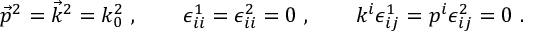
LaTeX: \vec { p } ^ { 2 } = \vec { k } ^ { 2 } = k _ { 0 } ^ { 2 } \ , \qquad \epsilon _ { i i } ^ { 1 } = \epsilon _ { i i } ^ { 2 } = 0 \ , \qquad k ^ { i } \epsilon _ { i j } ^ { 1 } = p ^ { i } \epsilon _ { i j } ^ { 2 } = 0 \ .